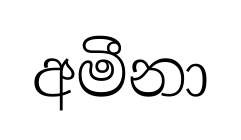
අමීනා